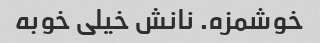
خوشمزه. نانش خیلی خوبه